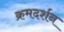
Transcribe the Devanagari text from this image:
क्रमदर्शन